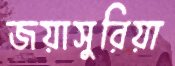
জয়াসুরিয়া